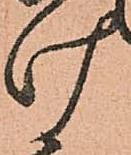
け